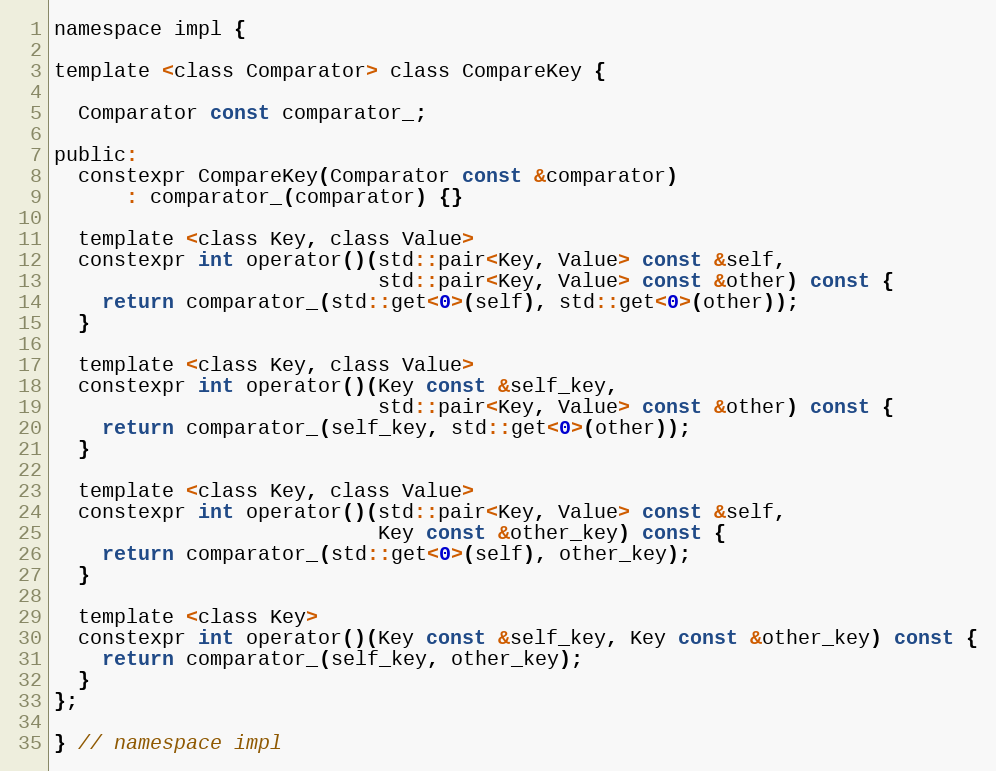
Language: C
namespace impl {

template <class Comparator> class CompareKey {

  Comparator const comparator_;

public:
  constexpr CompareKey(Comparator const &comparator)
      : comparator_(comparator) {}

  template <class Key, class Value>
  constexpr int operator()(std::pair<Key, Value> const &self,
                           std::pair<Key, Value> const &other) const {
    return comparator_(std::get<0>(self), std::get<0>(other));
  }

  template <class Key, class Value>
  constexpr int operator()(Key const &self_key,
                           std::pair<Key, Value> const &other) const {
    return comparator_(self_key, std::get<0>(other));
  }

  template <class Key, class Value>
  constexpr int operator()(std::pair<Key, Value> const &self,
                           Key const &other_key) const {
    return comparator_(std::get<0>(self), other_key);
  }

  template <class Key>
  constexpr int operator()(Key const &self_key, Key const &other_key) const {
    return comparator_(self_key, other_key);
  }
};

} // namespace impl